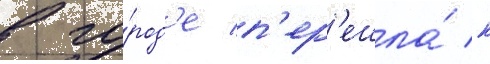
в го́род'е п'ер'ешла́ к